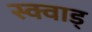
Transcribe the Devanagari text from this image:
स्क्वाड्